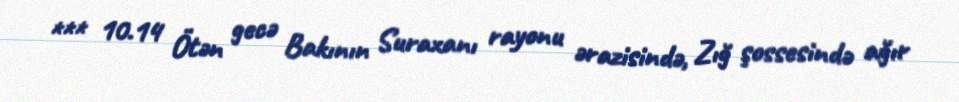
*** 10.14 Ötən gecə Bakının Suraxanı rayonu ərazisində, Zığ şossesində ağır